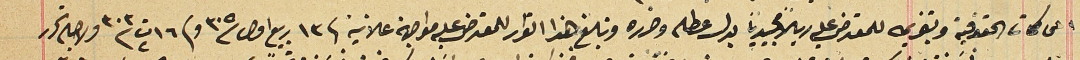
المحاكمات الحقوقية وتغريمه للمعترض عليه ريالاً مجيدياً بدل عطله وضرره وتبلغ هذا القرار للمعترض عليه مواجهة علانية فى ١٣ ربيع اول /٣٠٥ و فى ١٦ ت٢/ ٣٠٣ ولاجله تحرر